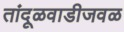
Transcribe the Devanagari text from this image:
तांदूळवाडीजवळ